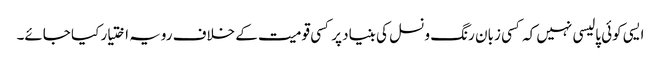
ایسی کوئی پالیسی نہیں کہ کسی زبان رنگ و نسل کی بنیاد پر کسی قومیت کے خلاف رویہ اختیار کیا جائے۔